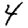
Digit: 4